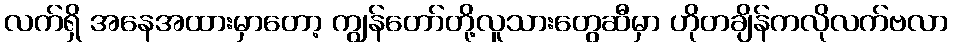
လက်ရှိ အနေအထားမှာတော့ ကျွန်တော်တို့လူသားတွေဆီမှာ ဟိုတချိန်ကလိုလက်ဗလာ